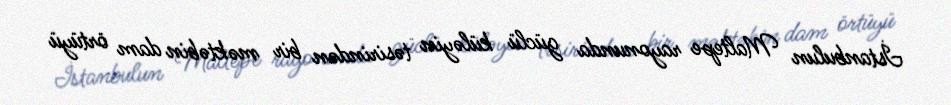
İstanbulun Maltepe rayonunda güclü küləyin təsirindən bir məktəbin dam örtüyü